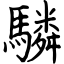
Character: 驎